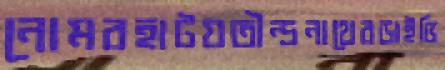
নোমরহাটযতীন্দ্রনাথেরডাইভি